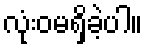
လုံးဝမရှိခဲ့ပါ။